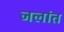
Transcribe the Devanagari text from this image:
जलांत